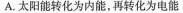
A.太阳能转化为内能，再转化为电能